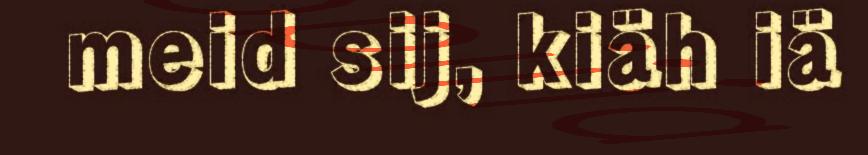
meid sij, kiäh iä